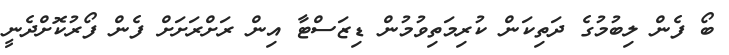
ބޯ ފެން ލިބުމުގެ ދަތިކަން ކުރިމަތިވުމުން ޑިޒަސްޓާ އިން ރަށްރަށަށް ފެން ފޯރުކޮށްދެނީ